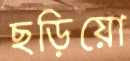
ছড়িয়ো